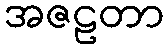
အဇဠတာ